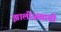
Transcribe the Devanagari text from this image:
झालीअसावी